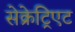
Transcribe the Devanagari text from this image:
सेक्रेट्रिएट